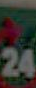
20